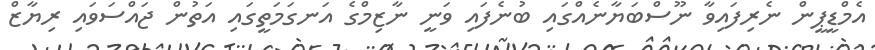
އެމްޑީޕީން ނެރިފައިވާ ނޫސްބަޔާނެއްގައި ބުނެފައި ވަނީ ނާޒިމްގެ އަނގަމަތީގައި އަތުން ޖައްސަވައި ރިޔާޒް